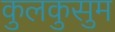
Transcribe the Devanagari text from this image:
कुलकुसुम